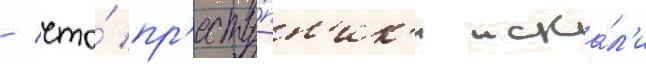
/ что́ пр'есту́пн'ик'и иска́л'и